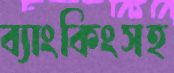
ব্যাংকিংসহ